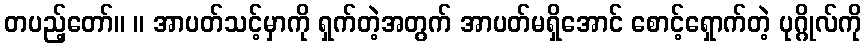
တပည့်တော်။ ။ အာပတ်သင့်မှာကို ရှက်တဲ့အတွက် အာပတ်မရှိအောင် စောင့်ရှောက်တဲ့ ပုဂ္ဂိုလ်ကို